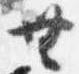
無